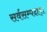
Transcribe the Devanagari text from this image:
सर्वसम्पदाम्‌।